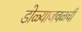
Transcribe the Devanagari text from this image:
डोळ्याजवळची